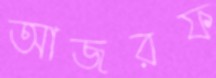
আজরফ